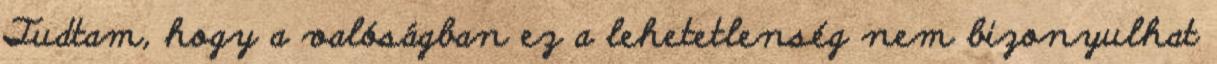
Tudtam, hogy a valóságban ez a lehetetlenség nem bizonyulhat